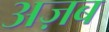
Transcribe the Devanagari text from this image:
अज़ब